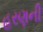
હરણની